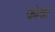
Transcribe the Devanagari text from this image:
फोदा